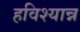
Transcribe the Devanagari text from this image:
हविश्यान्न